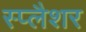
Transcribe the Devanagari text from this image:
स्प्लैशर